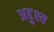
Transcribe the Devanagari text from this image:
अद्दुश्य